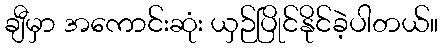
ချီမှာ အကောင်းဆုံး ယှဉ်ပြိုင်နိုင်ခဲ့ပါတယ်။